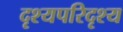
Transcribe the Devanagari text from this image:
दृश्यपरिदृश्य